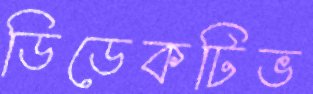
ডিডেকটিভ